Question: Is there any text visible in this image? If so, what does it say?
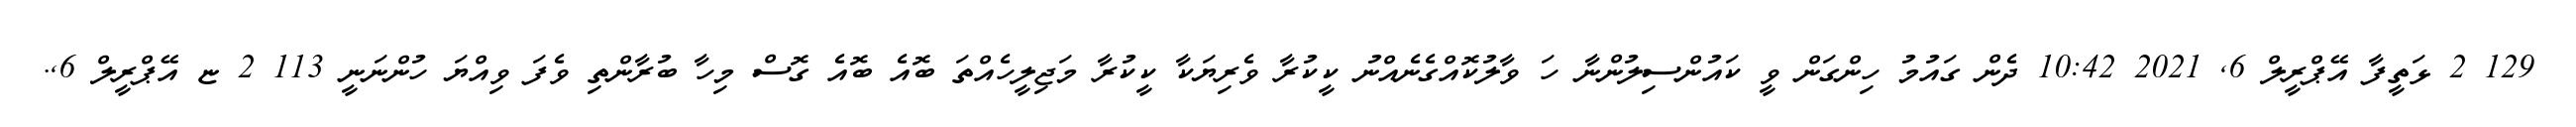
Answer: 129 2 ޅަތީފާ އޭޕްރީލް 6, 2021 10:42 ދެން ގައުމު ހިންގަން ވީ ކައުންސިލުންނާ ހަ ވާލުކޮއްގެނެއްނު ކީކުރާ ވެރިޔަކާ ކީކުރާ މަޖިލީހެއްތަ ބޮއެ ބޮއެ ގޮސް މިހާ ބުރާންތި ވެފަ ވިއްޔަ ހުންނަނީ 113 2 ޏ އޭޕްރީލް 6,.